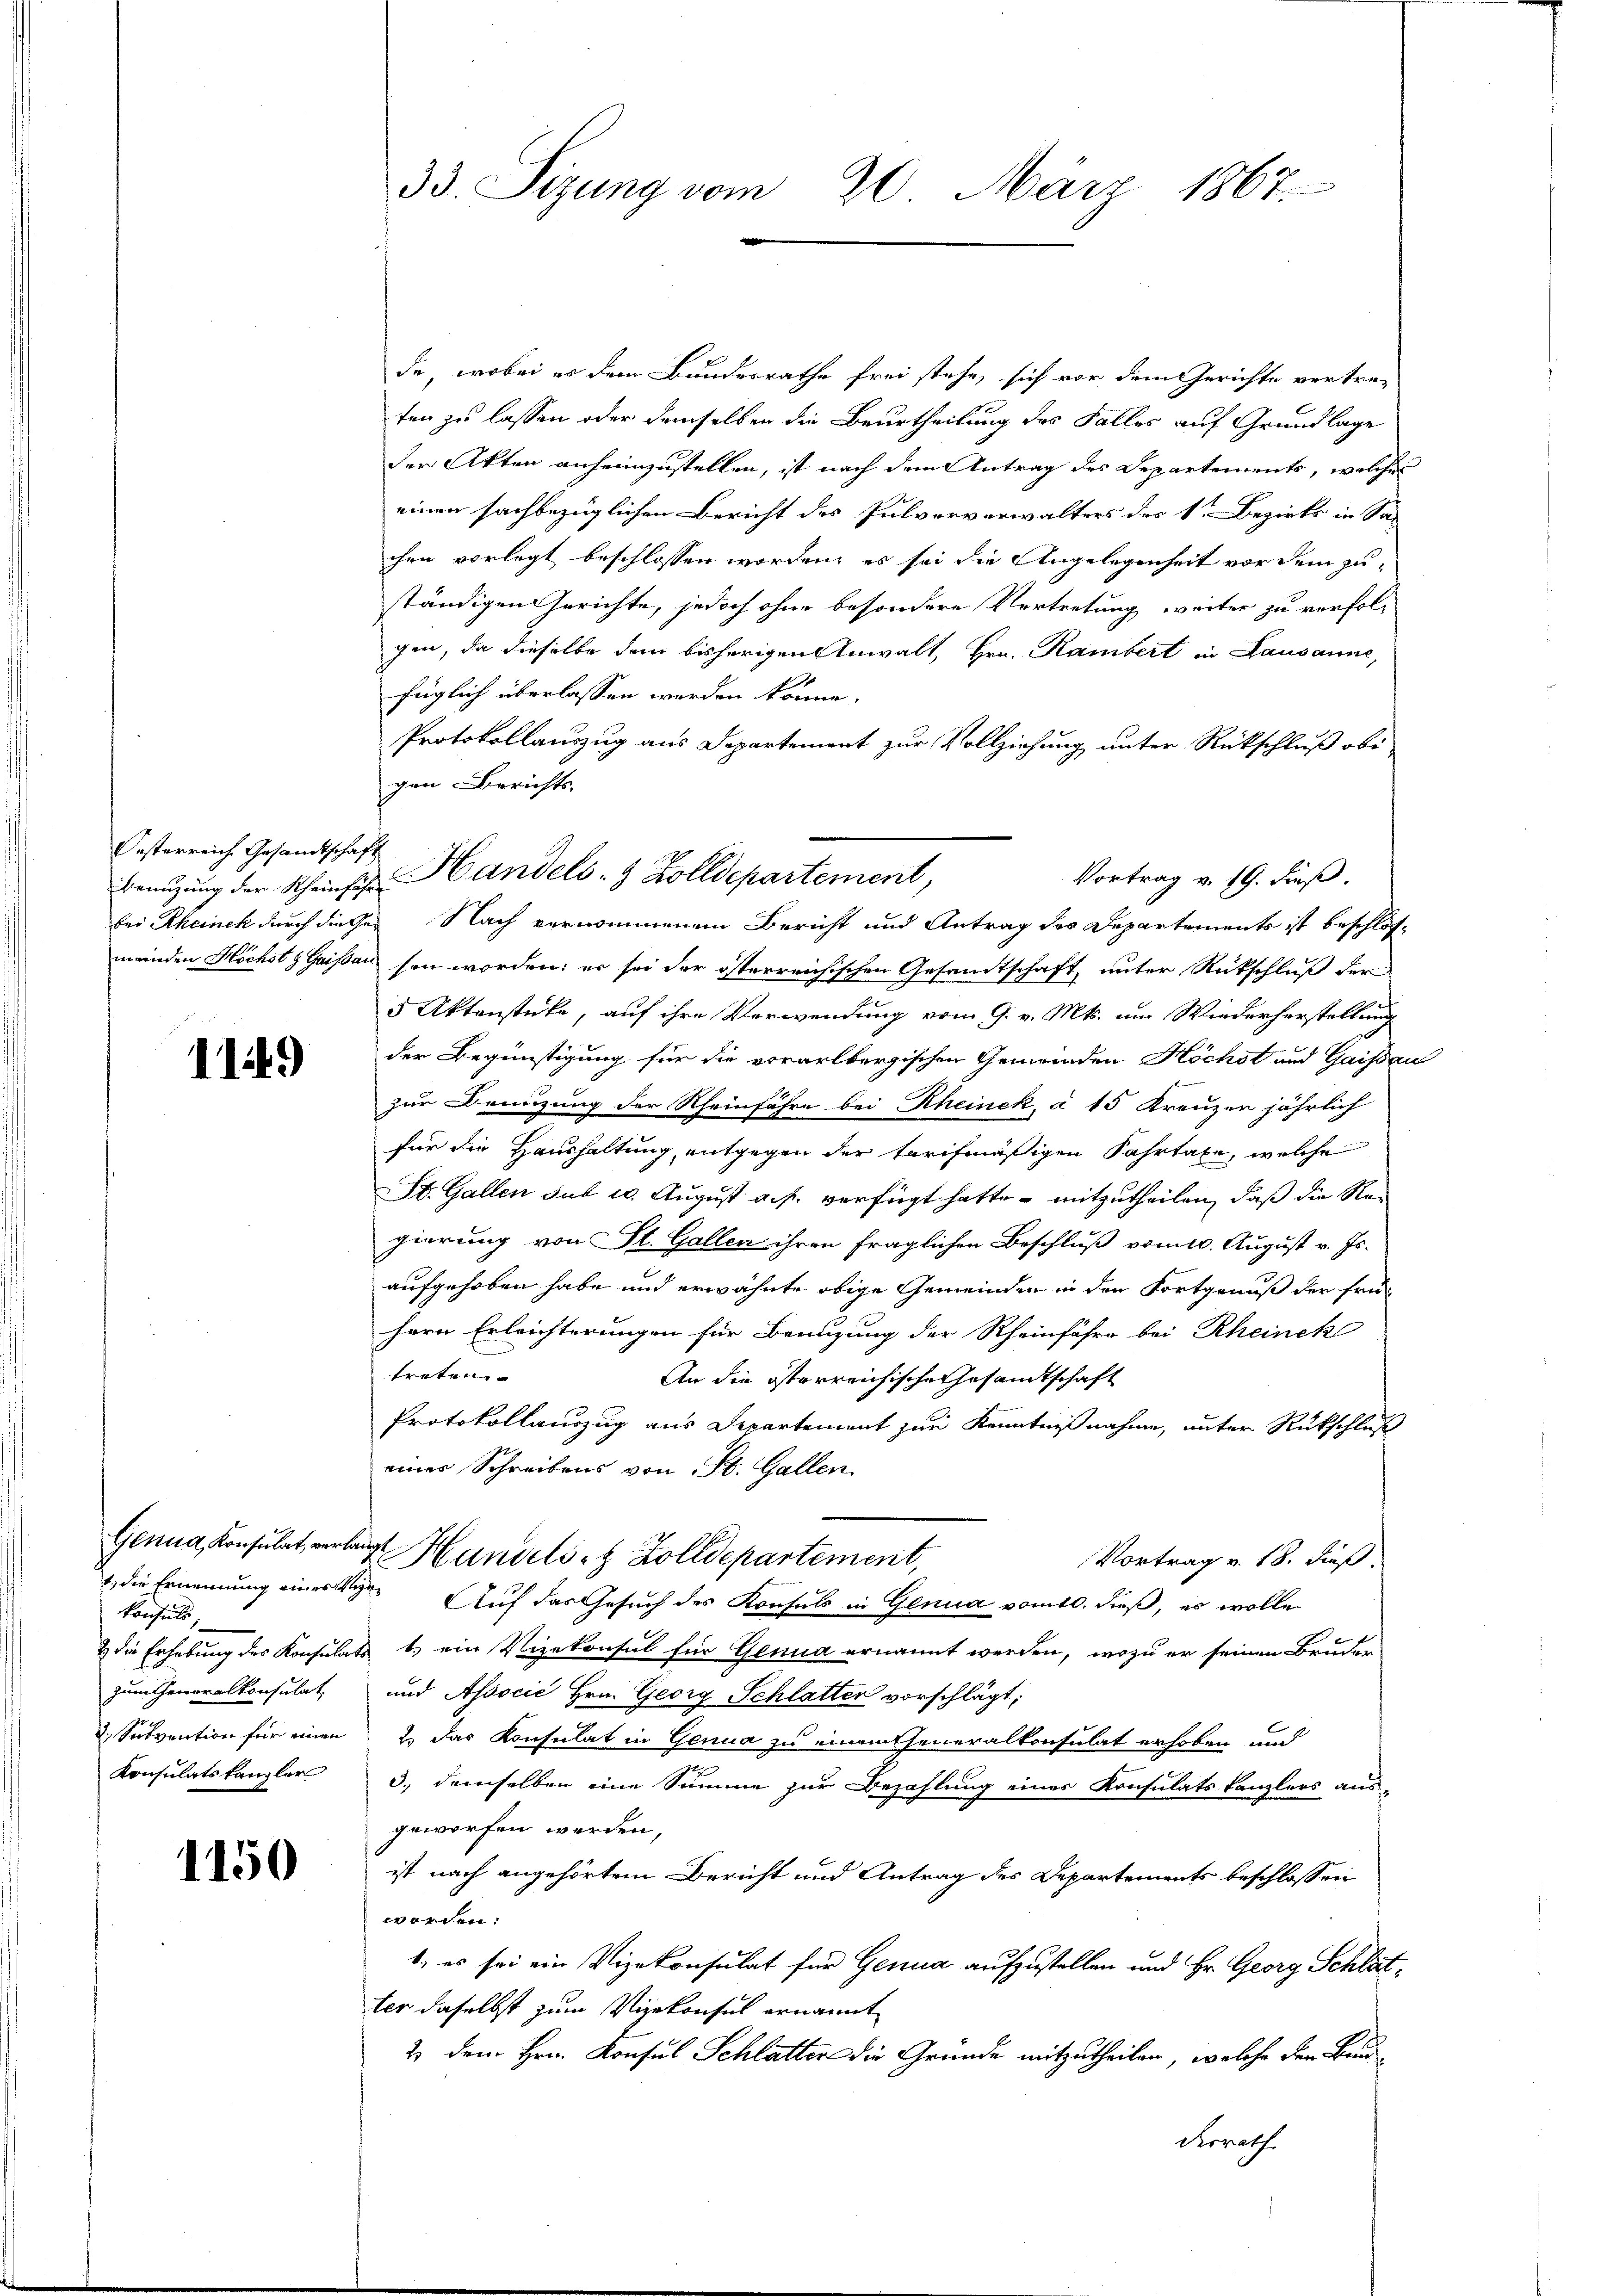
Oesterreich Gesandtschaft

1149

konsuls.
zum Generalkonsulat,
2. Secbvention für einen
Konsulatskanzler

1150

33. Sizung vom 20. März 1867.

de, wobei es dem Bundesrathe frei stehe, sich vor dem Gerichte vertreten zu lassen oder demselben die Beurtheilung des Falles auf Grundlage
der Akten anheimzustellen, ist nach dem Antrag des Departements, welches
einen sachbezüglichen Bericht des Pulververwalters des 1ten Bezirks in Sac
chen vorlegt beschlossen worden; es sei die Angelegenheit vor dem zuständigen Gerichte, jedoch ohne besondere Vertretung weiter zu verfolgen, da dieselbe dem bisherigen Anwalt, Hrn. Rambert in Lausanne,
füglich überlassen werden könne.
Protokollauszug aus Departement zur Vollziehung unter Rückschluß obi
gen Berichts-
bei Rheinek durch diesen Nach vernommenen Bericht und Antrag des Departements ist beschlos-
meinden Höchste Gaissau sein worden; er sei der österreichischen Gesamtschaft, unter Rückschluß der
5 Aktenstücke, auf ihre Verwendung vom 9. v. Mts. um Wiederherstellung
der Begünstigung für die vorarlbergischen Gemeinden Höchst und Gaissau
zur Benuzung der Rheinführe bei Rheinek, à 15 Kreuzen jährlich
für die Haushaltung entgegen der furchmäßigen Fahrtaxe, welche
St. Gallen sub 20. August a. f. verfügt hatte – mitzutheilen, daß die Regierung von St. Gallen ihren fraglichen Beschluß vom 10. August v. Js.
aufgehoben habe und erwähnte obige Gemeinden in den Fortgenuß der frühern Erleichterungen für Brenzung der Rheinfahre bei Rheinek
treten |
An die österreichische Gesandtschaft
Protokollauszug aus Departement zur Kenntnißnahme, unter Rückschluß
einer Schreibens von St. Gallen.
Genua, Konsulat, verlag Handelst Zolldepartement,
Vortrag v. 18. dieß.
, die Ernennung eines Vizen Auf das Gesuch des Konsuls in Genua vom 10. dieß, es wolle
2 die Erhebung des Konsulats 1. ein Vizekonsul für Genua ernannt werden, wozu er seinen Bruder
und Associć Hrn. Georg Schlatter vorschlägt;
2.) Das Konsulat in Genua zu einentseneralkonsulat erhoben und
12
3., demselben eine Summe zur Bezahlung eines Konsulats kanzlers aus
geworfen werden,
ist nach angehörtem Bericht und Antrag des Departements beschlossen
worden.
b., es sei ein Vizekonsulat für Genua aufzustellen und Hr. Georg Schlätter daselbst zum Vizekonsul ernannt
2) dem Hrn. Konsul Schlatter die Gründe mitzutheilen, welche den Bau¬
Kerrath.

Vortrag v. 19. Fieß.
Benuzung der Rheinsche Handels- & Zolldepartement,